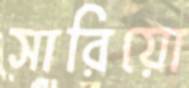
সারিয়ো